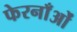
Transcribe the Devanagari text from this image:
फेरनाँओं